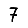
Digit: 7